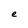
Character: e